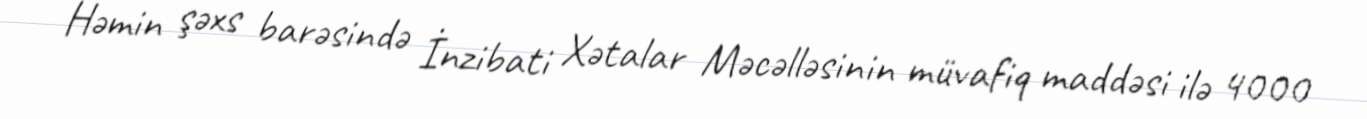
Həmin şəxs barəsində İnzibati Xətalar Məcəlləsinin müvafiq maddəsi ilə 4000